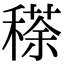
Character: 䅷